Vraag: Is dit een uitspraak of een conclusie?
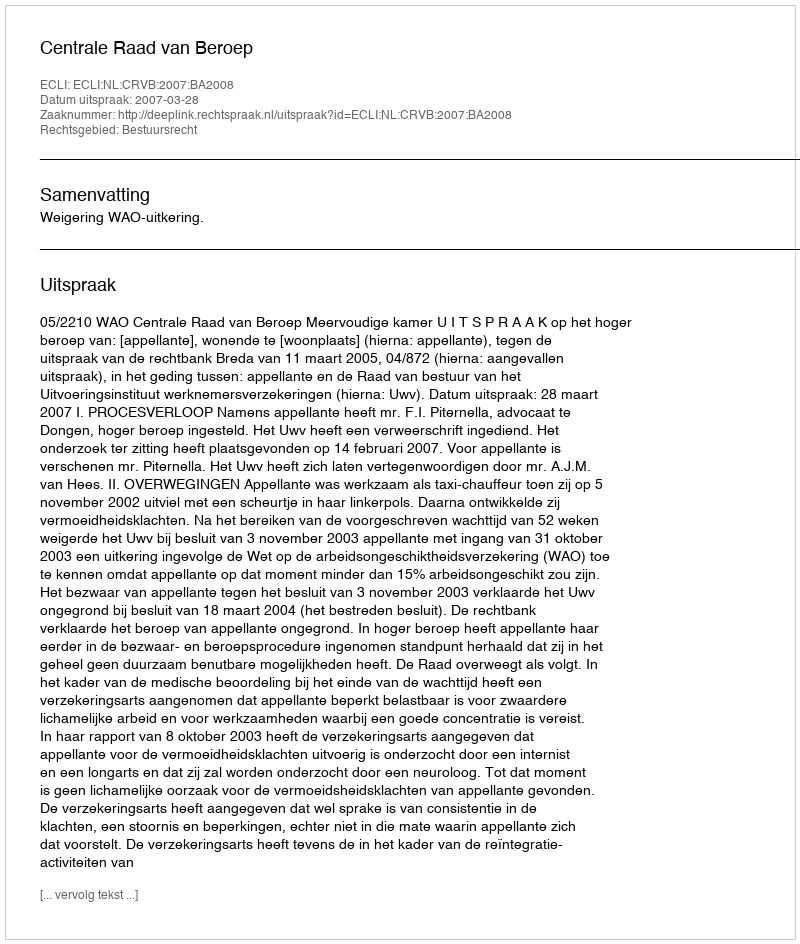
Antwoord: Uitspraak